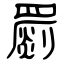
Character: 罽